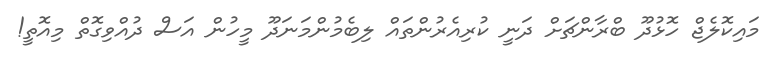
މައިކޮލެޖް ހޮޅުދޫ ބްރާންޗަށް ދަނީ ކުރިއެރުންތައް ލިބެމުންމަނަދޫ މީހުން އަސް ދުއްވިގޮތް މިއޮތީ!